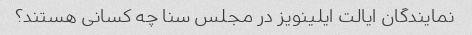
نمایندگان ایالت ایلینویز در مجلس سنا چه کسانی هستند؟